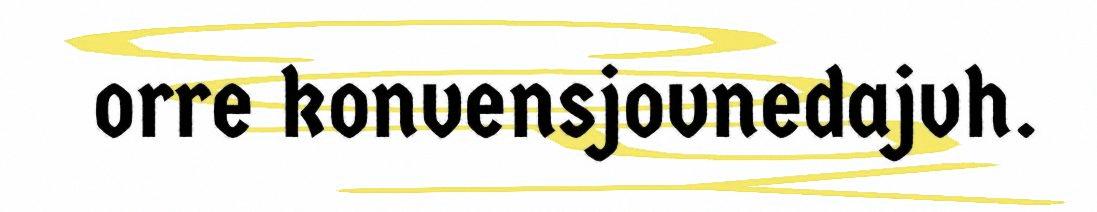
orre konvensjovnedajvh.